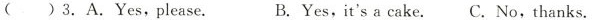
()3. A.Yes,please.B.Yes,it's a cake.C.No,thanks.